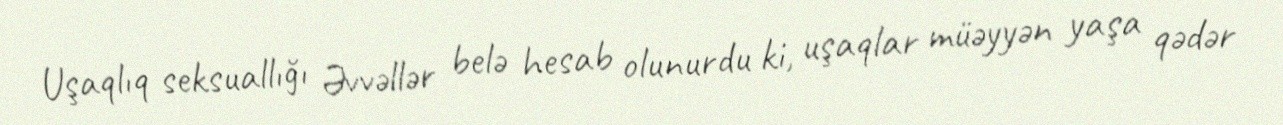
Uşaqlıq seksuallığı Əvvəllər belə hesab olunurdu ki, uşaqlar müəyyən yaşa qədər